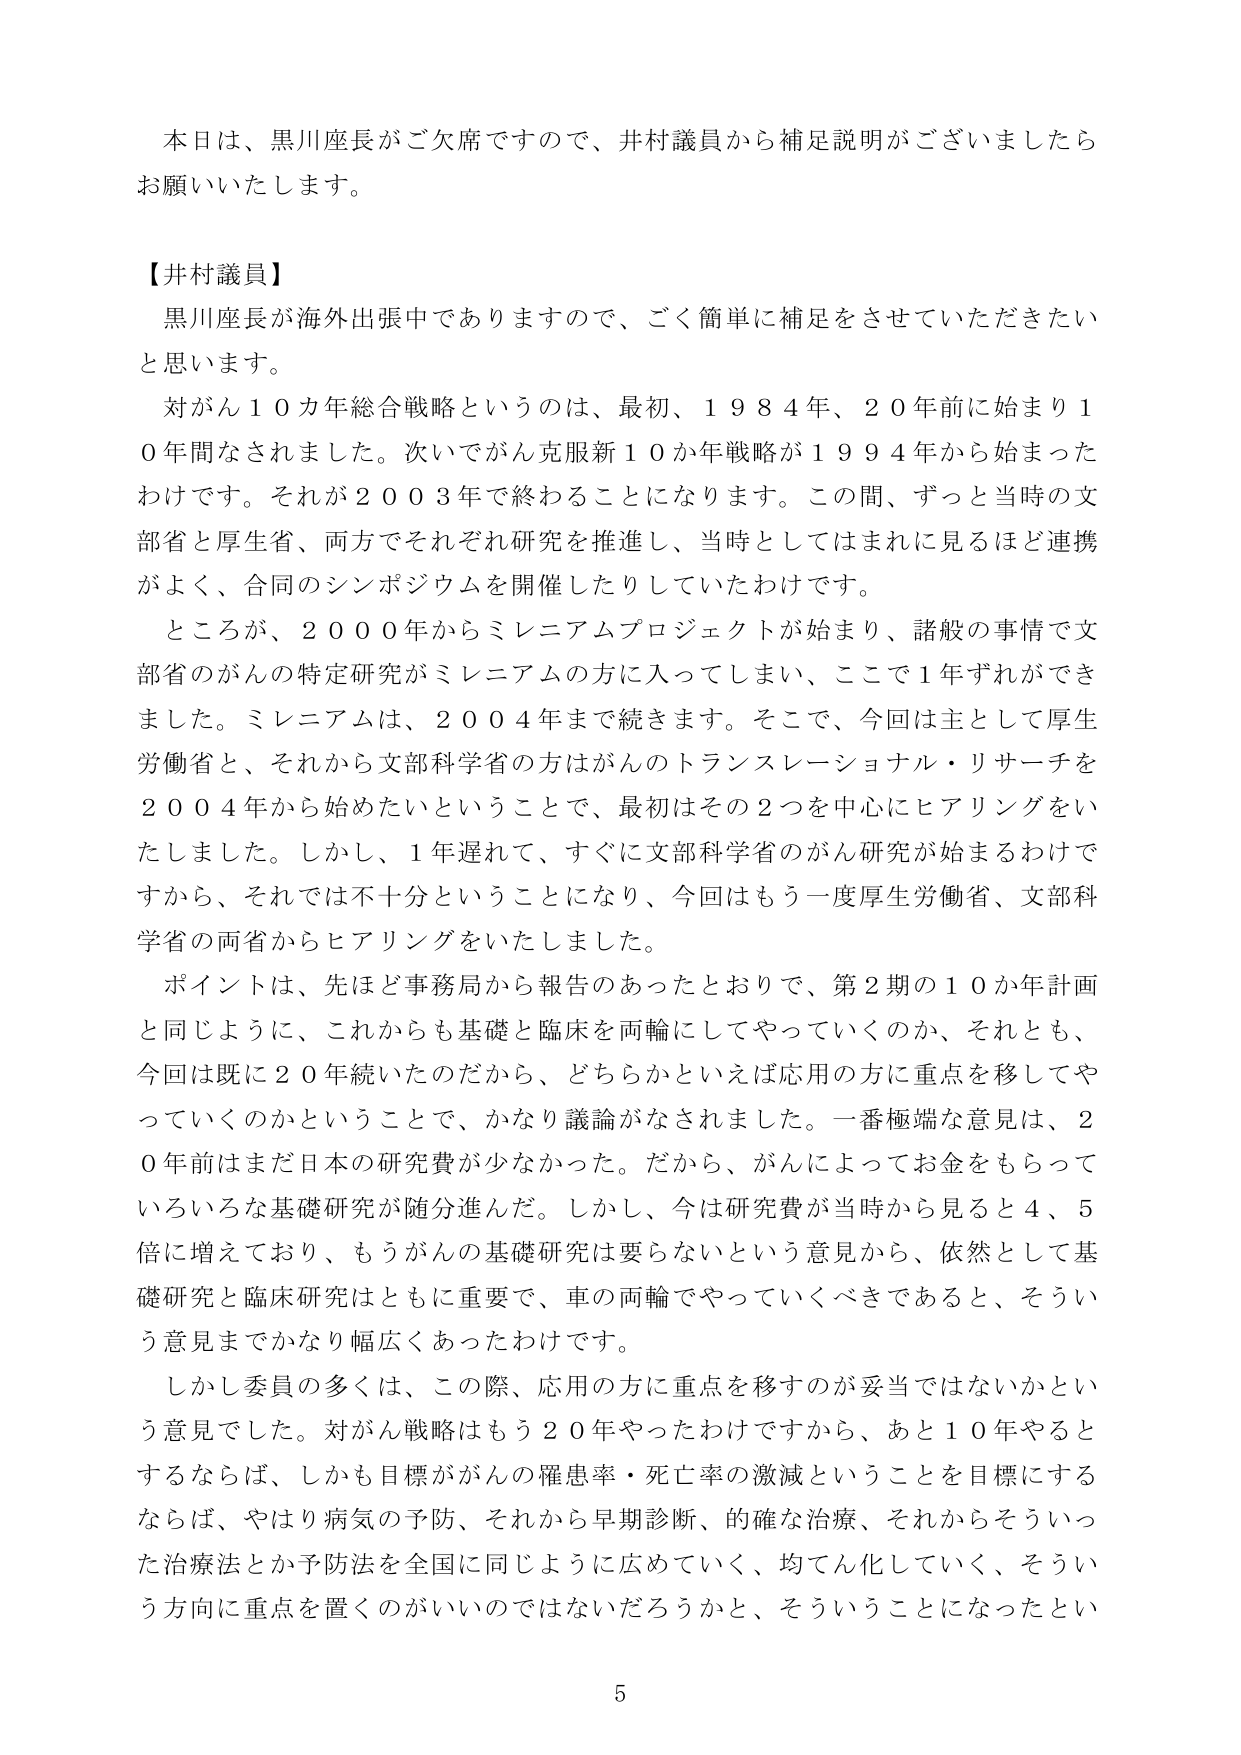
本日は、黒川座長がご欠席ですので、井村議員から補足説明がございましたらお願いいたします。

【井村議員】
黒川座長が海外出張中でありますので、ごく簡単に補足をさせていただきたいと思います。
対がん１０か年総合戦略というのは、最初、１９８４年、２０年前に始まり１０年間なされました。次いでがん克服新１０か年戦略が１９９４年から始まったわけです。それが２００３年で終わることになります。この間、ずっと当時の文部省と厚生省、両方でそれぞれ研究を推進し、当時としてはまれに見るほど連携がよく、合同のシンポジウムを開催したりしていたわけです。
ところが、２０００年からミレニアムプロジェクトが始まり、諸般の事情で文部省のがんの特定研究がミレニアムの方に入ってしまい、ここで１年ずれができました。ミレニアムは、２００４年まで続きます。そこで、今回は主として厚生労働省と、それから文部科学省の方はがんのトランスレーショナル・リサーチを２００４年から始めたいということで、最初はその２つを中心にヒアリングをいたしました。しかし、１年遅れて、すぐに文部科学省のがん研究が始まるわけですから、それでは不十分ということになり、今回はもう一度厚生労働省、文部科学省の両省からヒアリングをいたしました。
ポイントは、先ほど事務局から報告のあったとおりで、第２期の１０か年計画と同じように、これからも基礎と臨床を両輪にしてやっていくのか、それとも、今回は既に２０年続いたのだから、どちらかといえば応用の方に重点を移してやっていくのかということで、かなり議論がなされました。一番極端な意見は、２０年前はまだ日本の研究費が少なかった。だから、がんによってお金をもらっていろいろな基礎研究が随分進んだ。しかし、今は研究費が当時から見ると４、５倍に増えており、もうがんの基礎研究は要らないという意見から、依然として基礎研究と臨床研究はともに重要で、車の両輪でやっていくべきであると、そういう意見までかなり幅広くあったわけです。
しかし委員の多くは、この際、応用の方に重点を移すのが妥当ではないかという意見でした。対がん戦略はもう２０年やったわけですから、あと１０年やるとするならば、しかも目標ががんの罹患率・死亡率の激減ということを目標にするならば、やはり病気の予防、それから早期診断、的確な治療、それからそういった治療法とか予防法を全国に同じように広めていく、均てん化していく、そういう方向に重点を置くのがいいのではないだろうかと、そういうことになったとい

5